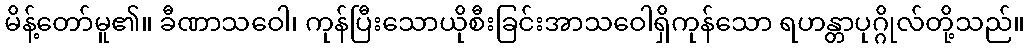
မိန့်တော်မူ၏။ ခီဏာသဝေါ၊ ကုန်ပြီးသောယိုစီးခြင်းအာသဝေါရှိကုန်သော ရဟန္တာပုဂ္ဂိုလ်တို့သည်။